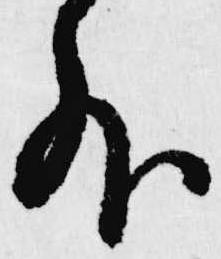
外